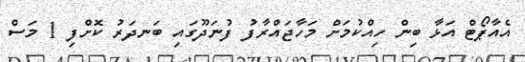
އެއާޕޯޓް އަޅާ ބިިން ހިއްކުމަށް މަހާޖައްރާފު ފުނަދޫގައި ބަނދަރު ކޮށްފި 1 މަސް